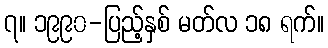
၇။ ၁၉၉၀-ပြည့်နှစ် မတ်လ ၁၈ ရက်။